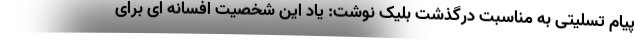
پیام تسلیتی به مناسبت درگذشت بلیک نوشت: یاد این شخصیت افسانه ای برای